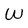
Character: w